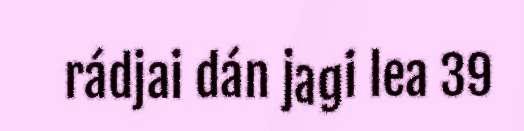
rádjai dán jagi lea 39